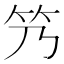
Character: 𬔬